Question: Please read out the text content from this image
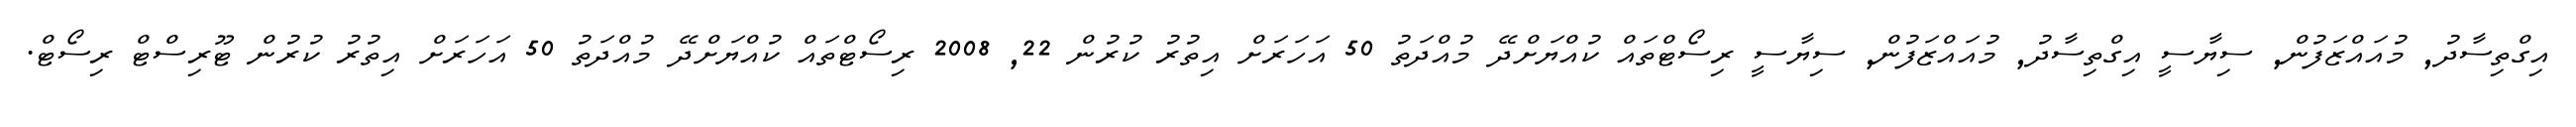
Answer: އިގްތިސާދު, މުއައްޒަފުން, ސިޔާސީ އިގްތިސާދު, މުއައްޒަފުން, ސިޔާސީ ރިސޯޓްތައް ކުއްޔަށްދޭ މުއްދަތު 50 އަހަރަށް އިތުރު ކުރުން 22, 2008 ރިސޯޓްތައް ކުއްޔަށްދޭ މުއްދަތު 50 އަހަރަށް އިތުރު ކުރުން ޓޫރިސްޓް ރިސޯޓް.